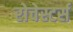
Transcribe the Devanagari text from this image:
रोचेस्टर्स